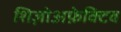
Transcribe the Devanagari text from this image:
शिज़ोअफ़ेक्टिव